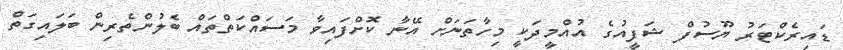
ޑައިރެކްޓަރު ޔޫސުފް ޝަފީއުގެ އުއްމީދަކީ މިހާތަނަށް އޭނާ ކޮށްފައިވާ މަސައްކަތްތައް ބެލުންތެރިން ބަލައިގަތް